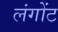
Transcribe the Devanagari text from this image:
लंगोंट